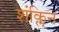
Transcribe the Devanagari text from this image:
शंक्लिन